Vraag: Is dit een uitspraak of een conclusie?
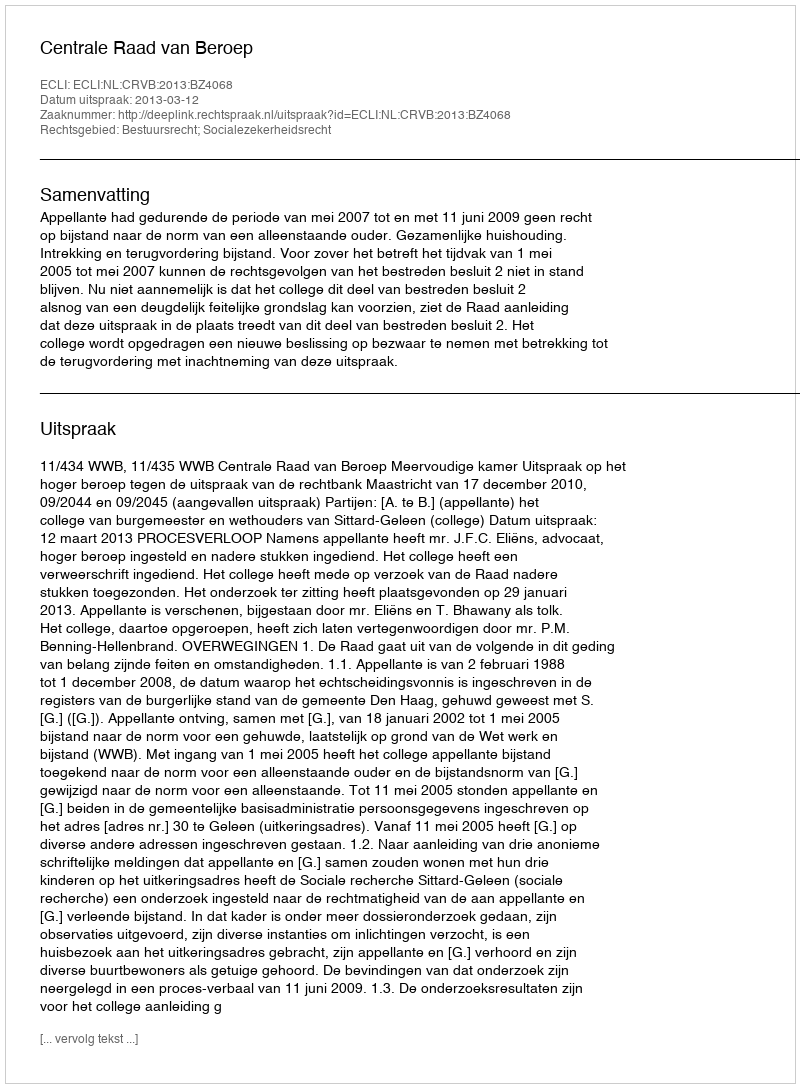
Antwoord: Uitspraak